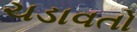
ચડાવતો